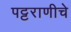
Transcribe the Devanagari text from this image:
पट्टराणीचे